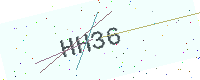
Text: HH36